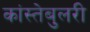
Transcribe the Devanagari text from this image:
कांस्तेबुलरी